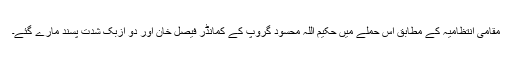
مقامی انتظامیہ کے مطابق اس حملے میں حکیم اللہ محسود گروپ کے کمانڈر فیصل خان اور دو ازبک شدت پسند مارے گئے۔